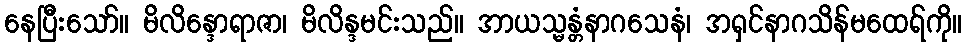
နေပြီးသော်။ မိလိန္ဒောရာဇာ၊ မိလိန္ဒမင်းသည်။ အာယသ္မန္တံနာဂသေနံ၊ အရှင်နာဂသိန်မထေရ်ကို။